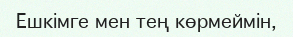
Ешкімге мен тең көрмеймін,